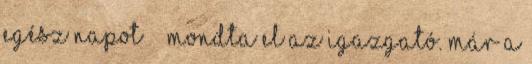
egész napot” – mondta el az igazgató. Már a